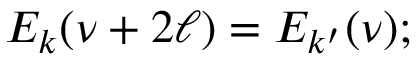
E _ { k } ( \nu + 2 \ell ) = E _ { k ^ { \prime } } ( \nu ) ;